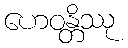
ဟေဝန္တိဿု